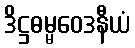
ဒိဋ္ဌဓမ္မဝေဒနီယံ